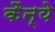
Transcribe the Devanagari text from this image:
कैन्ये